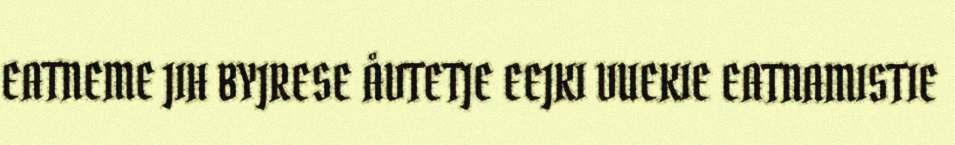
EATNEME JIH BYJRESE ÅVTETJE EEJKI VUEKIE EATNAMISTIE